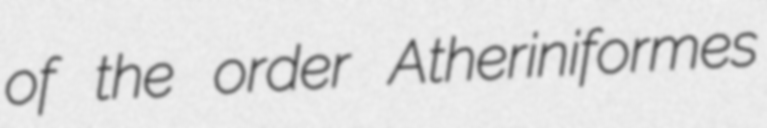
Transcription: of the order Atheriniformes